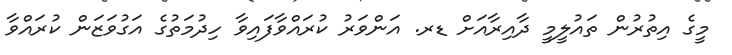
މީގެ އިތުރުން ތައުލީމީ ދާއިރާއަށް ޑރ. އަންވަރު ކުރައްވާފައިވާ ހިދުމަތުގެ އަގުވަޒަން ކުރައްވާ